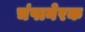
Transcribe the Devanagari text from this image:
चंपानेरक